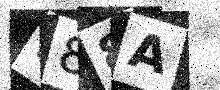
Text: 988A